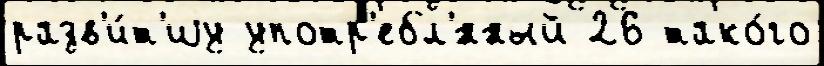
разв'и́т'иjу употр'ебл'́нный 26 тако́го